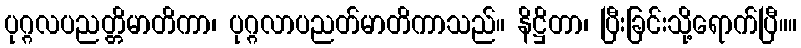
ပုဂ္ဂလပညတ္တိမာတိကာ၊ ပုဂ္ဂလာပညတ်မာတိကာသည်။ နိဋ္ဌိတာ၊ ပြီးခြင်းသို့ရောက်ပြီ။။